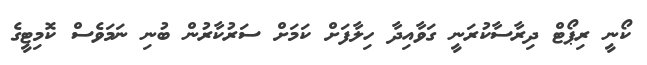
ކޯނީ ރިޕޯޓް ދިރާސާކުރަނީ ގަވާއިދާ ހިލާފަށް ކަމަށް ސަރުކާރުން ބުނި ނަމަވެސް ކޮމިޓީގެ